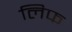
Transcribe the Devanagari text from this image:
लिफ